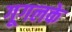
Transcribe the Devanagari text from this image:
गूगलके